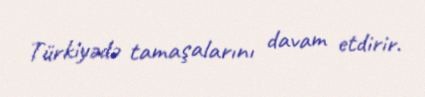
Türkiyədə tamaşalarını davam etdirir.